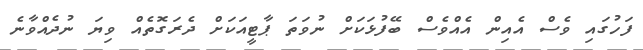
ފަހުގައި ވެސް އެއިން އެއްވެސް ބޭފުޅަކަށް ނުވަތަ ޕާޓީއަކަށް ދެރަގޮތެއް ވިޔަ ނުދެއްވާނެ